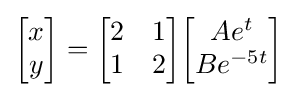
{\begin{bmatrix}x\\y\end{bmatrix}}={\begin{bmatrix}2&1\\1&2\end{bmatrix}}{\begin{bmatrix}Ae^{t}\\Be^{-5t}\end{bmatrix}}